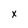
Character: x